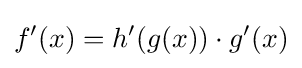
f'(x)=h'(g(x))\cdot g'(x)